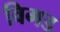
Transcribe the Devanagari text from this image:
विगड